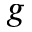
g